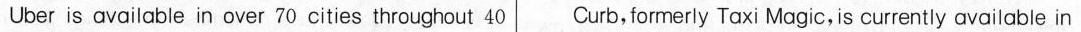
Uber is available in over 70 cities throughout 40 Curb, formerly Taxi Magic, is currently available in